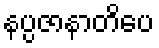
နပ္ပဇာနာတိပေ